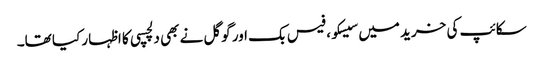
سکائپ کی خرید میں سیسکو، فیس بک اور گوگل نے بھی دلچسپی کا اظہار کیا تھا۔